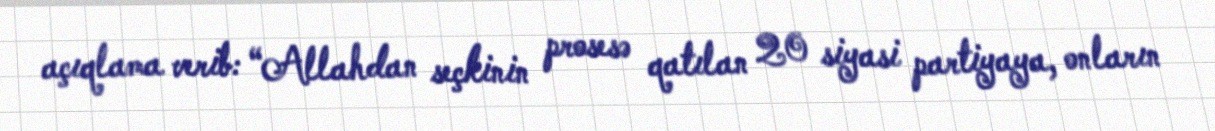
açıqlama verib: “Allahdan seçkinin prosesə qatılan 20 siyasi partiyaya, onların